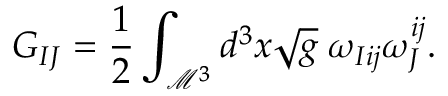
G _ { I J } = \frac { 1 } { 2 } \int _ { \mathcal { M } ^ { 3 } } d ^ { 3 } x \sqrt { g } \; \omega _ { I i j } \omega _ { J } ^ { i j } .